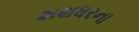
શશધરના